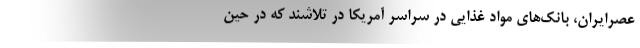
عصرایران، بانک‌های مواد غذایی در سراسر آمریکا در تلاشند که در حین